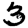
Digit: 3